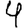
Digit: 4